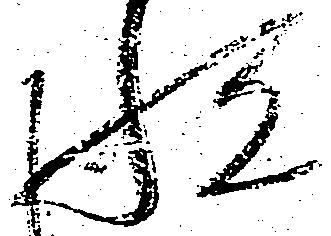
悦